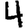
Digit: 4